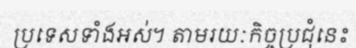
ប្រទេសទាំងអស់។ តាមរយៈកិច្ចប្រជុំនេះ